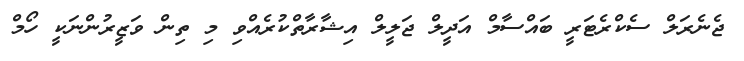
ޖެނެރަލް ސެކްރެޓަރީ ބައްސާމް އަދީލް ޖަލީލް އިޝާރާތްކުރެއްވި މި ތިން ވަޒީރުންނަކީ ހޯމް